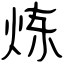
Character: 炼